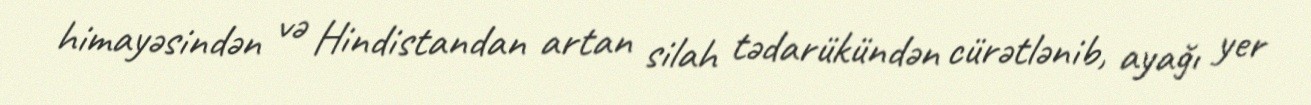
himayəsindən və Hindistandan artan silah tədarükündən cürətlənib, ayağı yer